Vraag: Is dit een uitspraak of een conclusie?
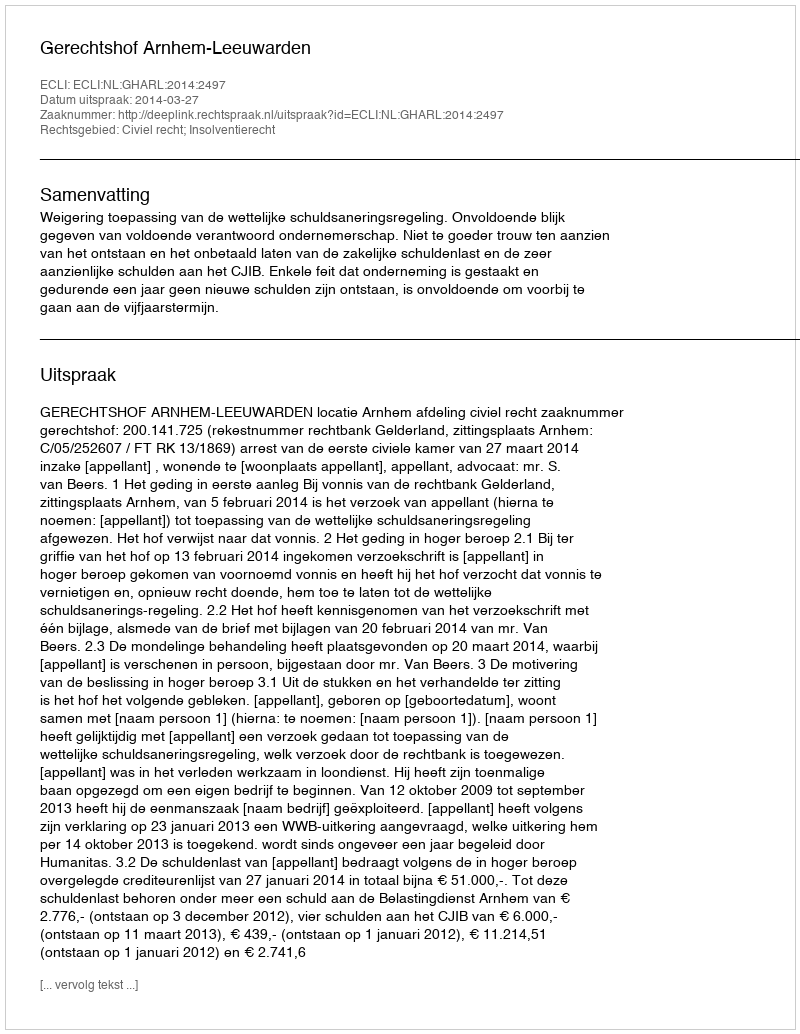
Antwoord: Uitspraak